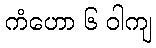
ကံဟော ၆ ဝါကျ